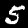
Digit: 5